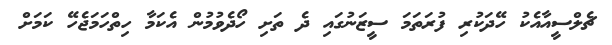
ޗެލްސީއާއެކު ހޭދަކުރި ފުރަތަމަ ސީޒަނުގައި ދެ ތަށި ހޯދެވުމުން އެކަމާ ހިތްހަމަޖެހޭ ކަމަށް